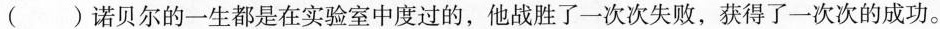
() 诺贝尔的一生都是在实验室中度过的，他战胜了一次次失败，获得了一次次的成功。